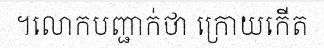
។លោកបញ្ជាក់ថា ក្រោយកើត